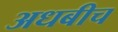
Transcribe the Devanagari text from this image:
अधबीच